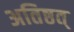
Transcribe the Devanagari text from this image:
अतिष्ठत्